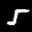
Label: 5